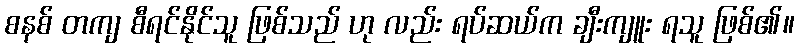
စနစ် တကျ စီရင်နိုင်သူ ဖြစ်သည် ဟု လည်း ရပ်ဆယ်က ချီးကျူး ရသူ ဖြစ်၏။